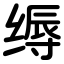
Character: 缛